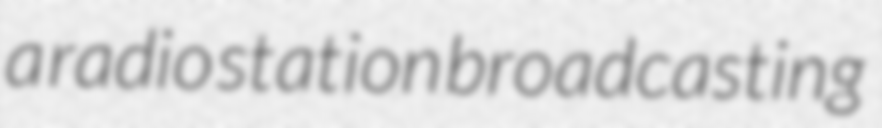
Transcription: a radio station broadcasting